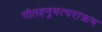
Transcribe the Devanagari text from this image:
गीतहनुमत्पराक्रम